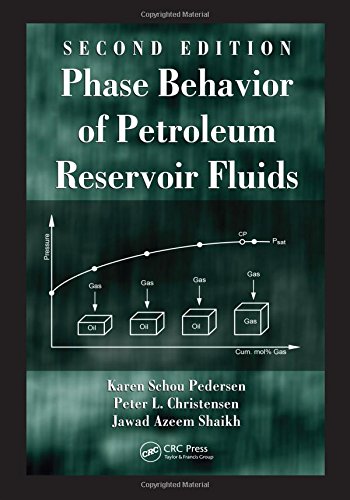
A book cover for Phase Behavior of Petroleum Reservoir Fluids, Second Edition; Karen Schou Pedersen; Science & Math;